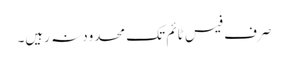
صرف فیس ٹائم تک محدود نہ رہیں۔